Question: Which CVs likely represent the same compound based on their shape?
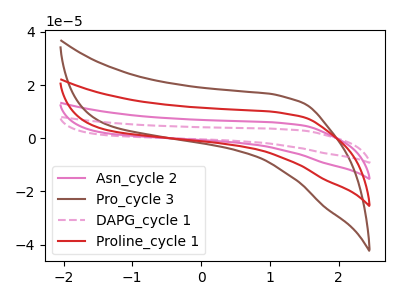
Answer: <think>The pink curve "Asn_cycle 2" has no peaks. The brown curve "Pro_cycle 3" has no peaks. The pink dashed curve "DAPG_cycle 1" has no peaks. The red curve "Proline_cycle 1" has no peaks.
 Neither "Asn_cycle 2" or "Pro_cycle 3" have any peaks. Neither "Asn_cycle 2" or "DAPG_cycle 1" have any peaks. Neither "Asn_cycle 2" or "Proline_cycle 1" have any peaks. Neither "Pro_cycle 3" or "DAPG_cycle 1" have any peaks. Neither "Pro_cycle 3" or "Proline_cycle 1" have any peaks. Neither "DAPG_cycle 1" or "Proline_cycle 1" have any peaks.</think>
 <answer>"Pro_cycle 3", "Asn_cycle 2", "DAPG_cycle 1" and "Proline_cycle 1" have the same shape and are likely CV's of the same chemical.</answer>
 <eval>"Pro_cycle 3" "Asn_cycle 2" "DAPG_cycle 1" "Proline_cycle 1"</eval>